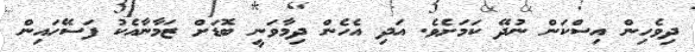
ދިވެހިން އިސްކަން ނުދޭ ކަމަށެވެ. އަދި އެހެން ދިމާވަނީ ބޮޑަށް ޒަމާނާއެކު ފަސޭހައިން